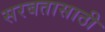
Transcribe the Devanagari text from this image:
सरबतासाठी